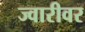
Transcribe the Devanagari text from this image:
ज्वारीवर